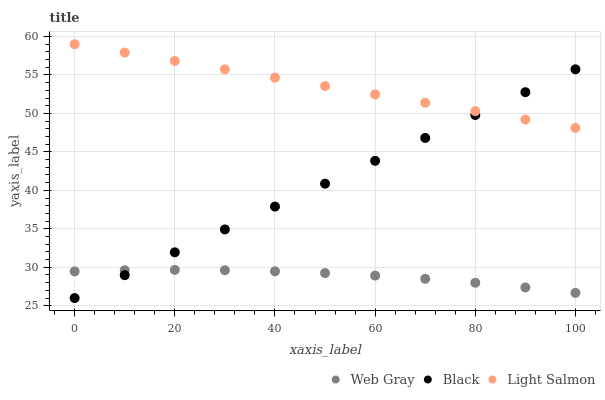
| xaxis_label | Web Gray | Black | Light Salmon |
 | --- | --- | --- | --- |
 | 0 | 29.5 | 26 | 59 |
 | 10 | 29.6 | 29 | 57.9 |
 | 20 | 29.7 | 31.9 | 56.8 |
 | 30 | 29.6 | 34.9 | 55.7 |
 | 40 | 29.5 | 37.9 | 54.6 |
 | 50 | 29.3 | 40.9 | 53.6 |
 | 60 | 28.9 | 43.8 | 52.5 |
 | 70 | 28.5 | 46.8 | 51.4 |
 | 80 | 28 | 49.8 | 50.3 |
 | 90 | 27.4 | 52.8 | 49.2 |
 | 100 | 26.7 | 55.7 | 48.1 |